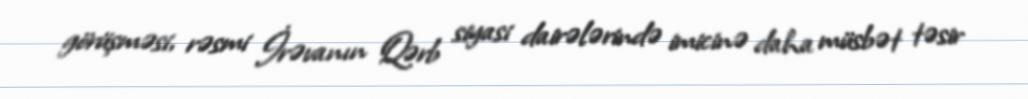
görüşməsi, rəsmi İrəvanın Qərb siyasi dairələrində imicinə daha müsbət təsir